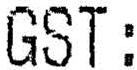
GST: